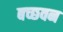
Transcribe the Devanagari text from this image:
बच्छवन